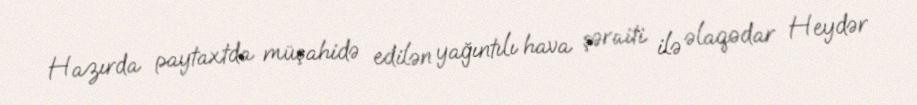
Hazırda paytaxtda müşahidə edilən yağıntılı hava şəraiti ilə əlaqədar Heydər